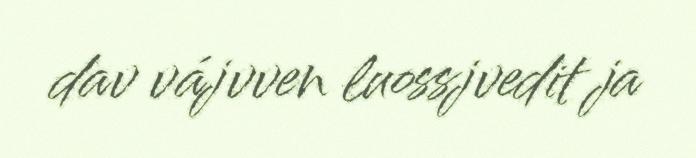
dav vájvven luossjvedit ja